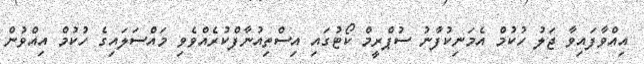
އިއްވާފައިވާ ޖަލު ހުކުމް އެމަނިކުފާނު ސުޕްްރީމް ކޯޓުގައި އިސްތިއުނާފްކުރެއްވެވި މައްސަލައިގެ ހުކުމްް އިއްވުން